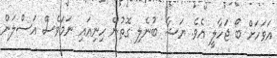
އަވަހަށް ބޯ ޖަހާލީ އެވެ. ޔަޝާ ބުނެލި ގޮތުން ހިނިއައި ނަމަވެސް އަސްލަން